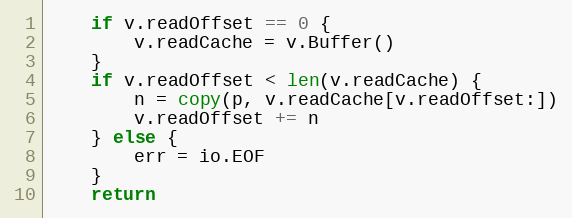
Language: Go
	if v.readOffset == 0 {
		v.readCache = v.Buffer()
	}
	if v.readOffset < len(v.readCache) {
		n = copy(p, v.readCache[v.readOffset:])
		v.readOffset += n
	} else {
		err = io.EOF
	}
	return